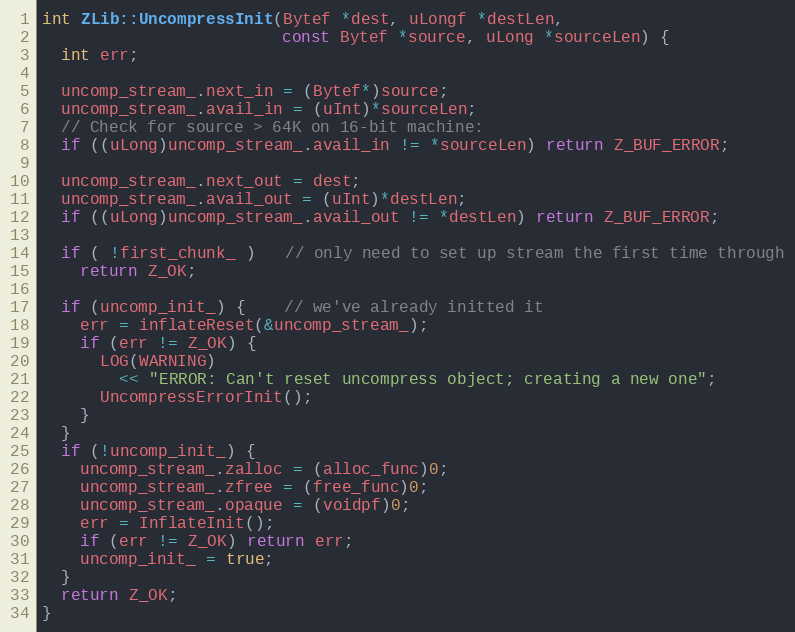
Language: C++
int ZLib::UncompressInit(Bytef *dest, uLongf *destLen,
                         const Bytef *source, uLong *sourceLen) {
  int err;

  uncomp_stream_.next_in = (Bytef*)source;
  uncomp_stream_.avail_in = (uInt)*sourceLen;
  // Check for source > 64K on 16-bit machine:
  if ((uLong)uncomp_stream_.avail_in != *sourceLen) return Z_BUF_ERROR;

  uncomp_stream_.next_out = dest;
  uncomp_stream_.avail_out = (uInt)*destLen;
  if ((uLong)uncomp_stream_.avail_out != *destLen) return Z_BUF_ERROR;

  if ( !first_chunk_ )   // only need to set up stream the first time through
    return Z_OK;

  if (uncomp_init_) {    // we've already initted it
    err = inflateReset(&uncomp_stream_);
    if (err != Z_OK) {
      LOG(WARNING)
        << "ERROR: Can't reset uncompress object; creating a new one";
      UncompressErrorInit();
    }
  }
  if (!uncomp_init_) {
    uncomp_stream_.zalloc = (alloc_func)0;
    uncomp_stream_.zfree = (free_func)0;
    uncomp_stream_.opaque = (voidpf)0;
    err = InflateInit();
    if (err != Z_OK) return err;
    uncomp_init_ = true;
  }
  return Z_OK;
}